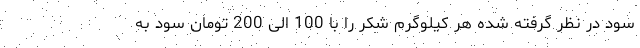
سود در نظر گرفته شده هر کیلوگرم شکر را با 100 الی 200 تومان سود به